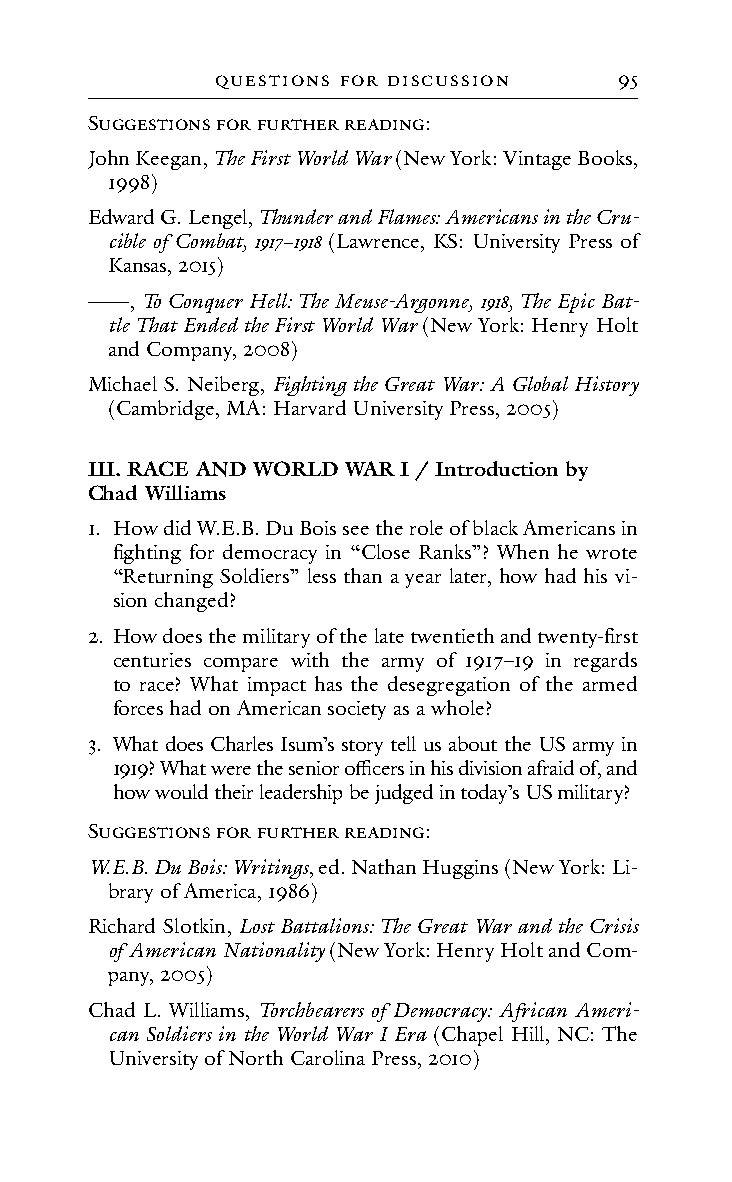
QuestIons foR dIscussIon   95
 SuGGestIons foR fuRtHeR ReAdInG:
 John Keegan, The First World War (New York: Vintage Books,
 1998)
 Edward G. Lengel, Thunder and Flames: Americans in the Cru-
 cible of Combat, 1917−1918 (Lawrence, KS: University Press of
 Kansas, 2015)
 ——, To Conquer Hell: The Meuse-Argonne, 1918, The Epic Bat-
 tle That Ended the First World War (New York: Henry Holt
 and Company, 2008)
 Michael S. Neiberg, Fighting the Great War: A Global History
 (Cambridge, MA: Harvard University Press, 2005)
 III. RACE AND WORLD WAR I / Introduction by
 Chad Williams
 1. How did W.E.B. Du Bois see the role of black Americans in
 fighting for democracy in “Close Ranks”? When he wrote
 “Returning Soldiers” less than a year later, how had his vi-
 sion changed?
 2. How does the military of the late twentieth and twenty-first
 centuries compare with the army of 1917–19 in regards
 to race? What impact has the desegregation of the armed
 forces had on American society as a whole?
 3. What does Charles Isum’s story tell us about the US army in
 1919? What were the senior officers in his division afraid of, and
 how would their leadership be judged in today’s US military?
 SuGGestIons foR fuRtHeR ReAdInG:
 W.E.B. Du Bois: Writings, ed. Nathan Huggins (New York: Li-
 brary of America, 1986)
 Richard Slotkin, Lost Battalions: The Great War and the Crisis
 of American Nationality (New York: Henry Holt and Com-
 pany, 2005)
 Chad L. Williams, Torchbearers of Democracy: African Ameri-
 can Soldiers in the World War I Era (Chapel Hill, NC: The
 University of North Carolina Press, 2010)